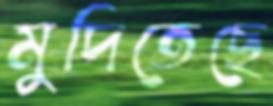
মুদিতেছে